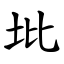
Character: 㘩